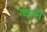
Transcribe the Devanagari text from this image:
ग्यास